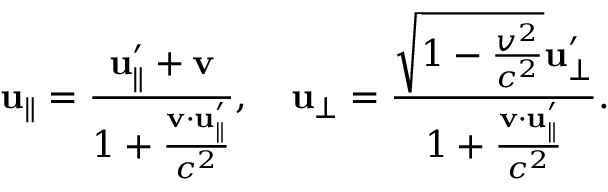
\mathbf { u } _ { \parallel } = { \frac { \mathbf { u } _ { \parallel } ^ { \prime } + \mathbf { v } } { 1 + { \frac { \mathbf { v } \cdot \mathbf { u } _ { \parallel } ^ { \prime } } { c ^ { 2 } } } } } , \quad \mathbf { u } _ { \perp } = { \frac { { \sqrt { 1 - { \frac { v ^ { 2 } } { c ^ { 2 } } } } } \mathbf { u } _ { \perp } ^ { \prime } } { 1 + { \frac { \mathbf { v } \cdot \mathbf { u } _ { \parallel } ^ { \prime } } { c ^ { 2 } } } } } .